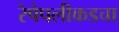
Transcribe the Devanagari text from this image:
रेषेपलीकडचा